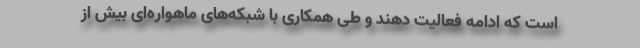
است که ادامه فعالیت دهند و طی همکاری با شبکه‌های ماهواره‌ای بیش از